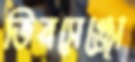
ভিনসেঞ্জো